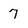
Character: 7